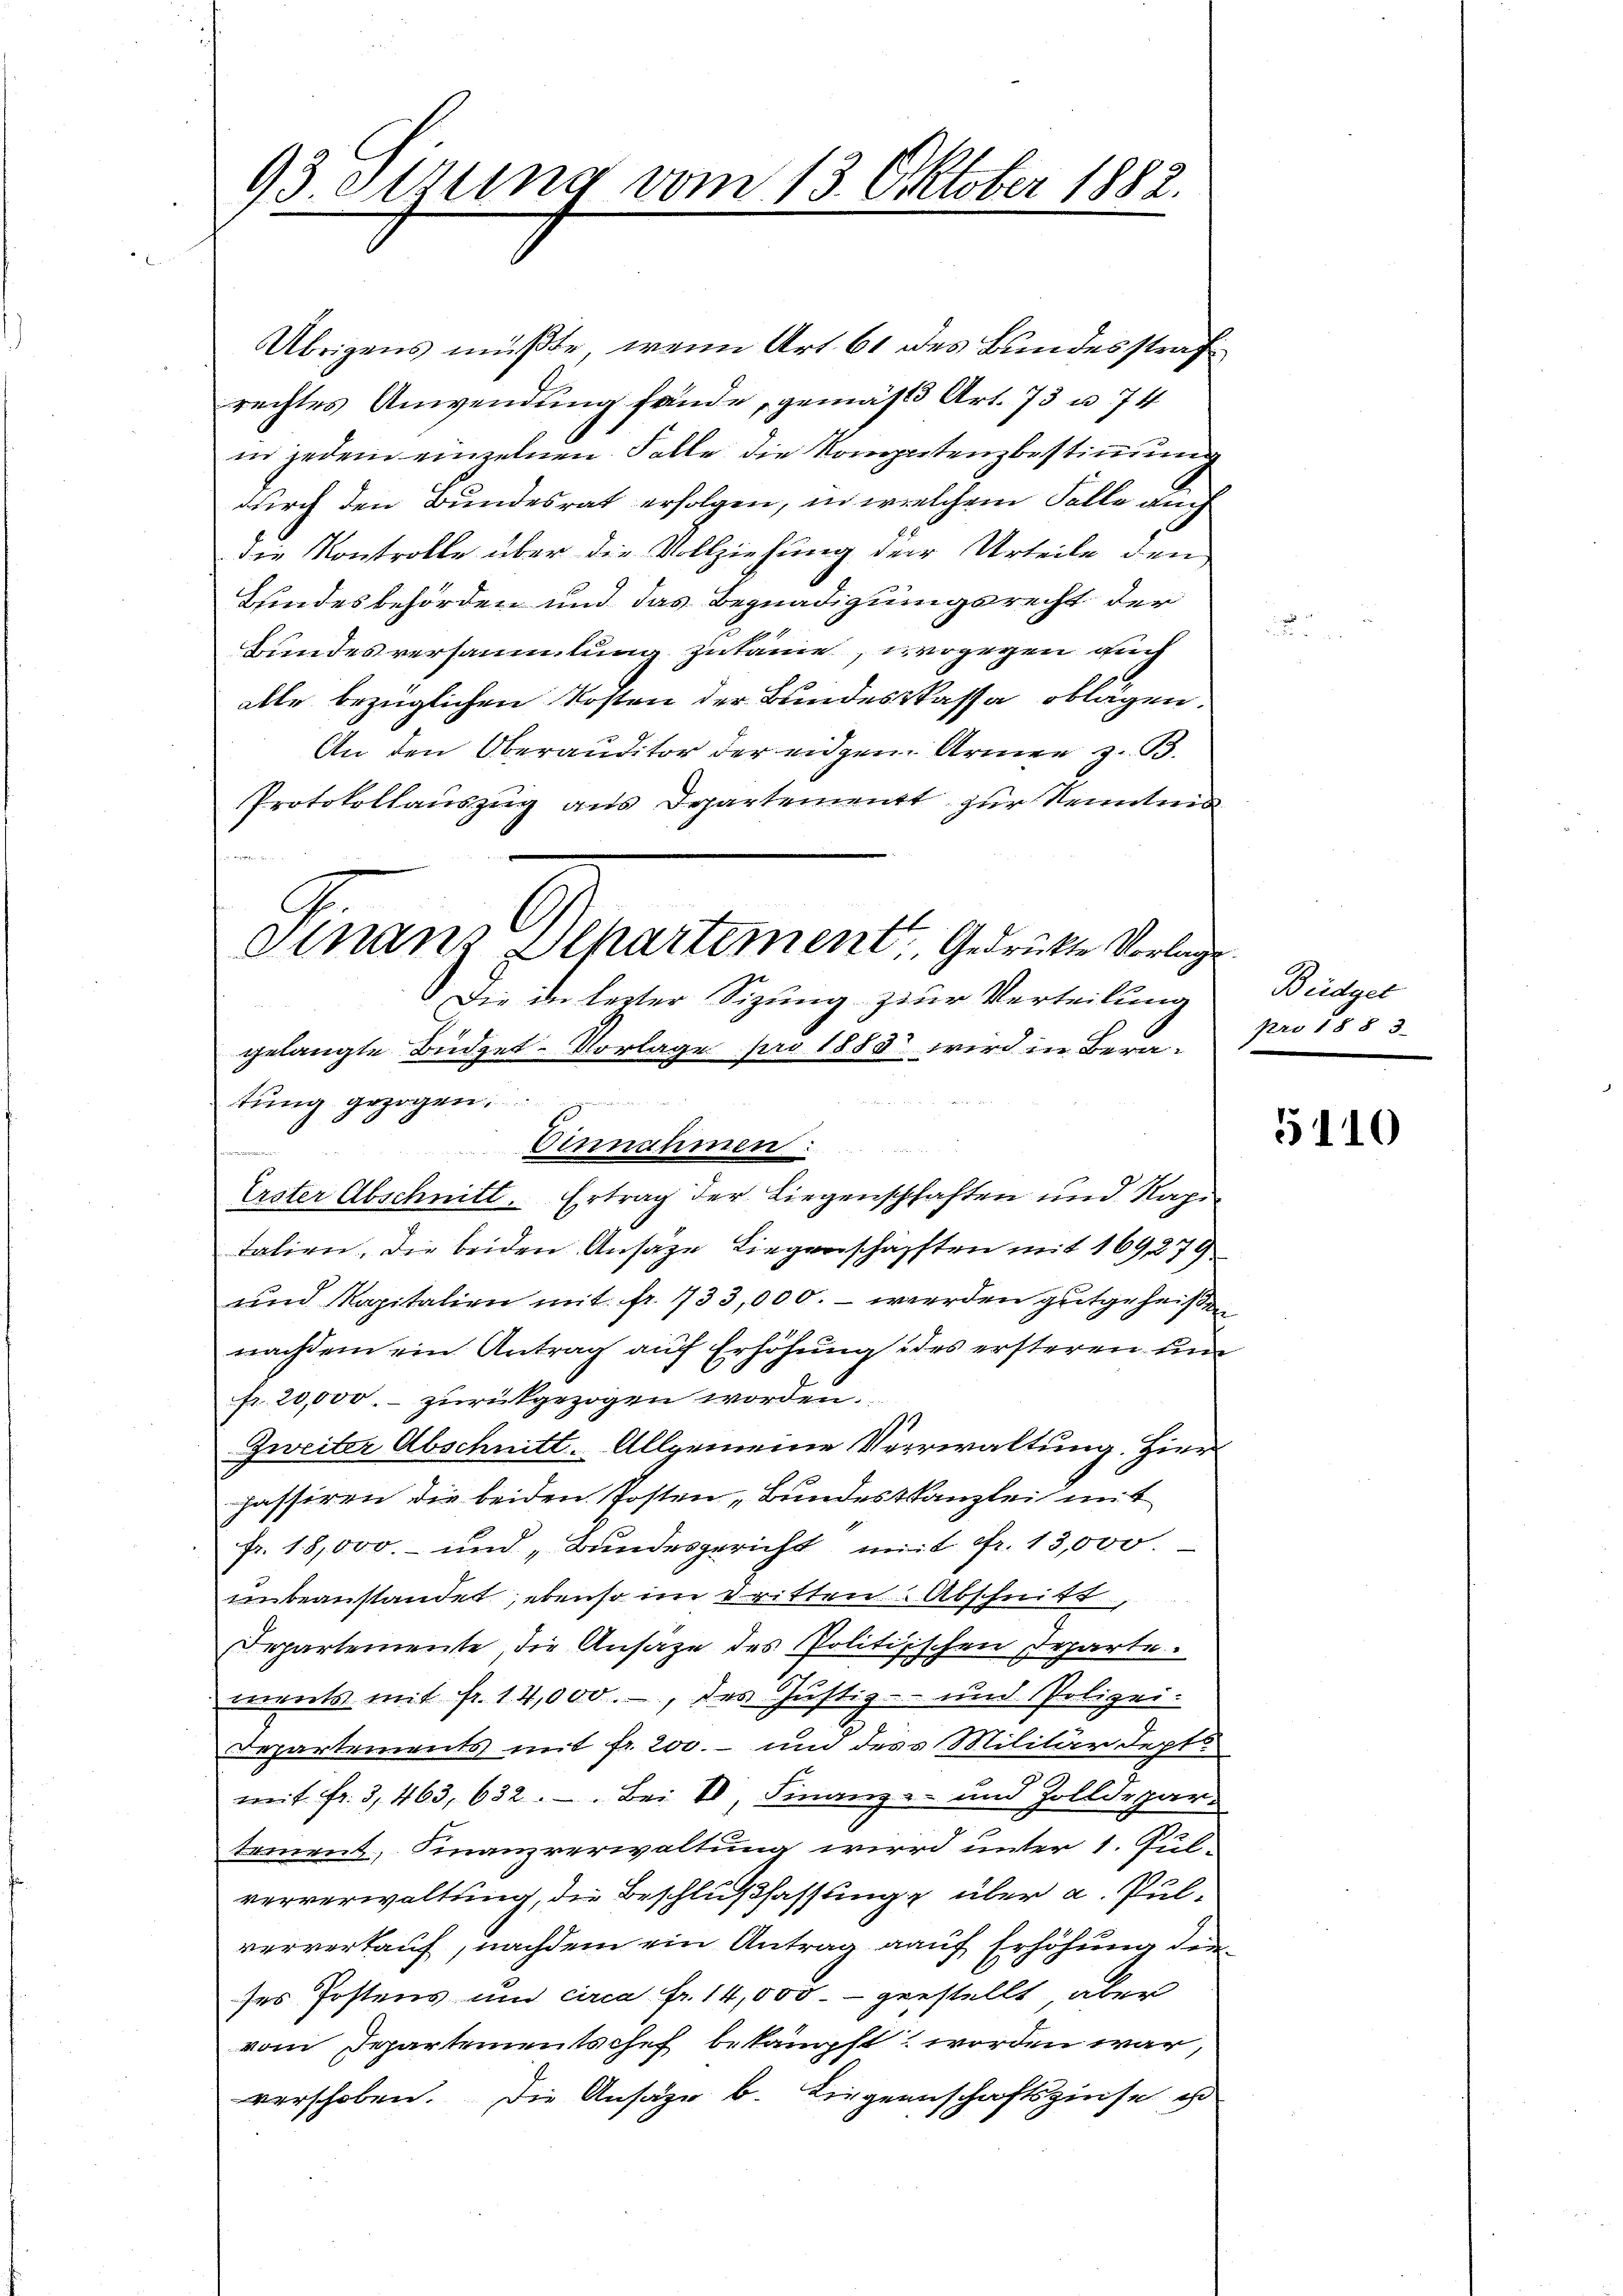
93 Sirung vom 13. Oktober 1882.

Übrigens müßte, wenn Art. 61 des Bundesstraf
rechtes Anwendung fände, gemäß Art. 73 u. 74
in jedem einzelnen Falle die Kompetenzbestimmung
durch den Bundesrat erfolgen, in welchem Falle auch
die Kontrolle über die Vollziehung der Urteile den
Bindesbehörden und das Begnadigungsrecht der
Bundesversammlung zusame, wogegen auch
alle bezüglichen Kosten der Bundes Passa oblagen.
An den Oberauditor der eidgen. Armen z. B.
Protokollauszug aus Departement zur Kenntnis
Die de lezter Sizung zur Verteilung
gelangte Büdget- Vorlage pro 1883 wird in Bera¬
Erster Abschnitt. Ertrag der Liegenschhaften und Kapi
talien, die beiden Ansaze Liegenschafften mit 169,279
und Kapitalien mit fr. 133,000. - werden gutgeheißen
nachdem ein Antrag auf Erhöhung des ersteren un
fr. 20,000. zurückgezogen worden.
1
Zweiter Abschnitt. Allgemeine Verwaltung. Hier
passiren die beiden Posten Bundeskanzlei mit
fr. 18,000.- und „Bundesgericht mit Fr. 13,000
unbeanstandet, ebenso im dritten. Abschnitt,
Departemente, die Ansage des Politischen Departe.
ments mit fr. 14,000.-, des Justiz- und Polizei¬
Departements mit fr. 200. um des Militärdept
mit fr. 3, 463, 632. - . Bei V, Finanz- und Zolldepar-
tement, Finanzverwaltung wird unter 1. Pul-
ververwaltung, die Beschlußfassung über a. Pulververkauf, nachdem ein Antrag auf Erhöhung derses Postens und circa Fr. 14,000.- gestellt, aber
vom Departementschef bekämpft worden war,
verschoben. Die Ansage b. Liegenschaftszinse e

dinans Departement, Gedrückte Vorlage

tung gezogen.
10
Einnahmen:

Büdget
pro 1883

5110